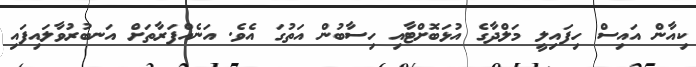
ކިއާން އައިސް ހިފައިލީ މަލްދާގެ އުޅަބޮށްޓާއި ހިސާބުން އަތުގަ އެވެ. އަނެއްފަރާތަށް އަނބުރުވާލައިފައި